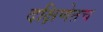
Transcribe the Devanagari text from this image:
दक्षिणेतच